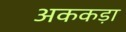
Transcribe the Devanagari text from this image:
अककड़ा